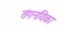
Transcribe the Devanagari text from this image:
तंगनयिका